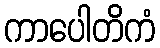
ကာပေါတိကံ